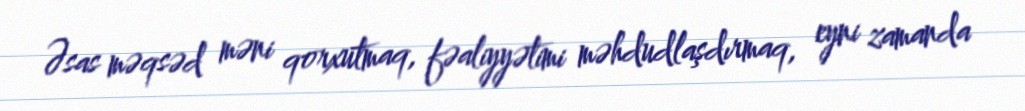
Əsas məqsəd məni qorxutmaq, fəaliyyətimi məhdudlaşdırmaq, eyni zamanda